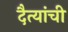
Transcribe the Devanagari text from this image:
दैत्यांची